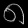
Digit: ၈